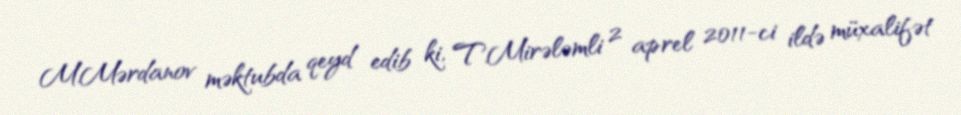
M.Mərdanov məktubda qeyd edib ki, T.Mirələmli 2 aprel 2011-ci ildə müxalifət